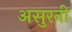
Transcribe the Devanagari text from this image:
असुरनी